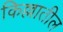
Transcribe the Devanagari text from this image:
किल्लातील